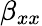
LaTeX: \beta_{xx}